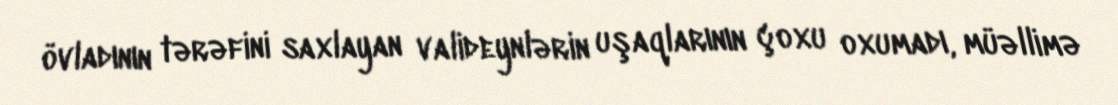
övladının tərəfini saxlayan valideynlərin uşaqlarının çoxu oxumadı, müəllimə